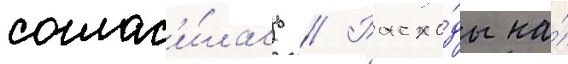
соглас'и́лась // Расхо́ды на́